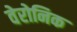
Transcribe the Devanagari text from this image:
वेरोनिक